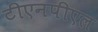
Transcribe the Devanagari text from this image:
टीएनपीएल